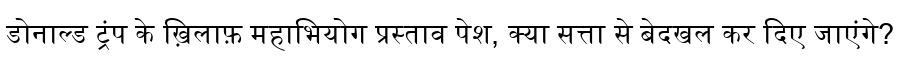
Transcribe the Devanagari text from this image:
डोनाल्ड ट्रंप के ख़िलाफ़ महाभियोग प्रस्ताव पेश, क्या सत्ता से बेदखल कर दिए जाएंगे?